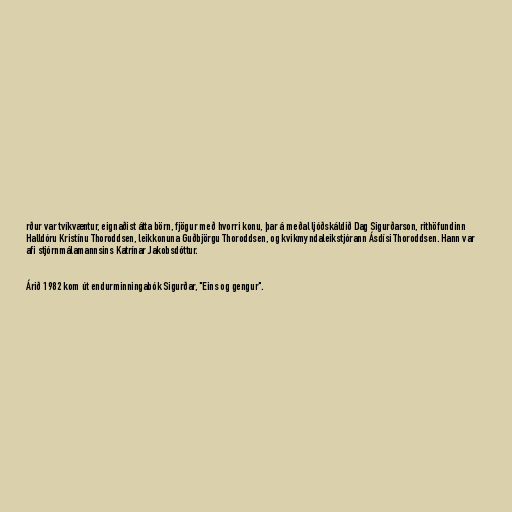
rður var tvíkvæntur, eignaðist átta börn, fjögur með hvorri konu, þar á meðal ljóðskáldið Dag Sigurðarson, rithöfundinn
Halldóru Kristínu Thoroddsen, leikkonuna Guðbjörgu Thoroddsen, og kvikmyndaleikstjórann Ásdísi Thoroddsen. Hann var
afi stjórnmálamannsins Katrínar Jakobsdóttur.

Árið 1982 kom út endurminningabók Sigurðar, "Eins og gengur".